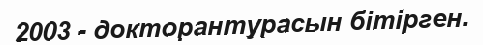
2003 - докторантурасын бітірген.